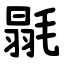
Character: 毾